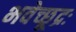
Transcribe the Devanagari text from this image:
भवेच्छूद्रः